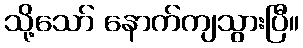
သို့သော် နောက်ကျသွားပြီ။